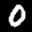
Label: 0